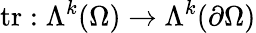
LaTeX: \mathrm{tr}:\Lambda^{k}(\Omega)\to\Lambda^{k}(\partial\Omega)